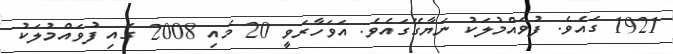
1921 ގައެވެ. ފުވައްމުލަކު ނަޔާގޭގައެވެ. އަވަހާރަވީ 20 މެއި 2008 ގައި ފުވައްމުލަކު